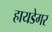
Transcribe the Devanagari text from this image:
हायडेगर